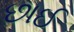
છાઈ